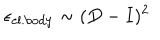
LaTeX: \epsilon _ { \mathrm { e l . b o d y } } \sim ( D - I ) ^ { 2 }